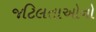
જટિલતાઓનો